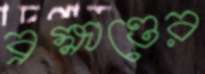
ব্রহ্মাণ্ডের